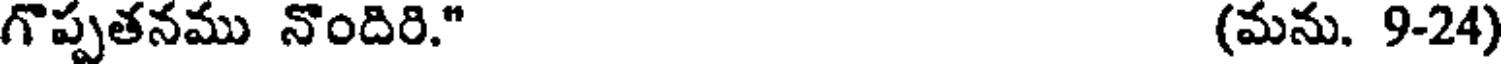
గొప్పతనము నొందిరి." (మను. 9-24)